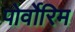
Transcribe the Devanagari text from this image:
पोर्वोरिम